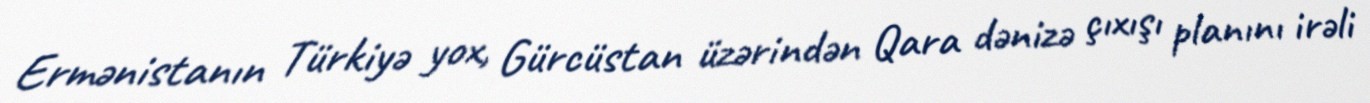
Ermənistanın Türkiyə yox, Gürcüstan üzərindən Qara dənizə çıxışı planını irəli